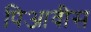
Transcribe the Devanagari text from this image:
पिआवीस